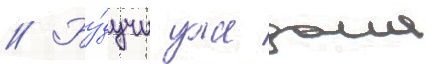
// Бу́дучи уже дома